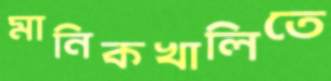
মানিকখালিতে